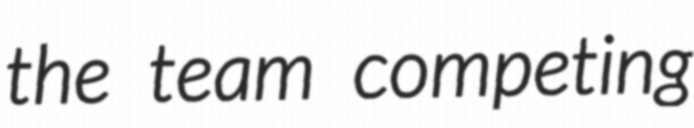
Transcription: the team competing